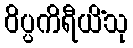
ဝိပ္ပကိရီယိံသု